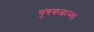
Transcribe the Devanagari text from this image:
चुंबकत्वाच्या